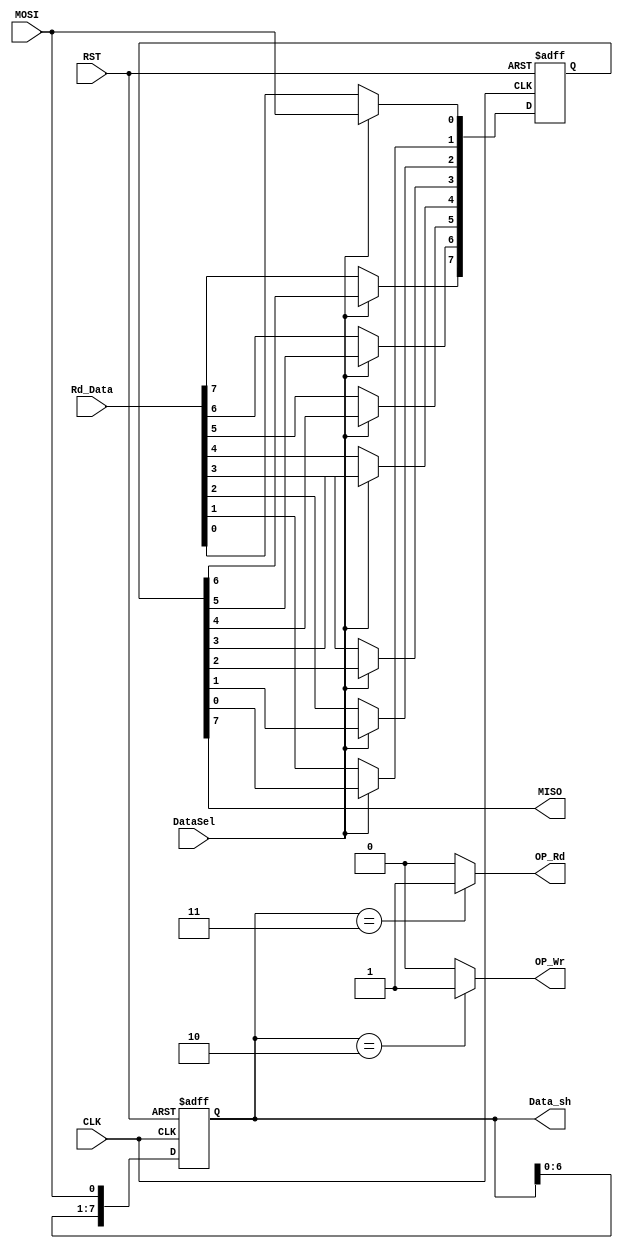

//////////////////////////////////////////////////////////////////////////////////
// Company: 
// 
// Design Name: 
// Module Name:    SPIslave_SHregister 
// Project Name: 
// Target Devices: 
// Tool versions: 
// Description: 
//
// Dependencies: 
//
// Revision: 
// Revision 0.01 - File Created
// Additional Comments: 
//
//////////////////////////////////////////////////////////////////////////////////
module SPIslave_SHregister #(
	// parametr to define the width of the address bus and the data bus
	parameter WIDTH = 8
	)(
	// input bus to the system from REG file as read data 
	input wire [WIDTH-1:0] Rd_Data,
	
	// input signal to the system from the master (master output salve input)
	input wire MOSI,
	
	// input internal control signal from FSM is used to select the source of the data will be written into the shift register  
	input wire DataSel,
	
	// input clock to the shift register
	input wire CLK,
	
	// input active low reset
	input wire RST,
	
	// output signal from the system to the master (master input slave output)
	output wire MISO,
	
	// output internal control signal indicates that the operation mode is write
	output wire OP_Wr,
	
	// output internal control signal indicates that the operation mode is read
	output wire OP_Rd,
	
	// ouput internal bus holds the value of the shift register
	output wire [WIDTH-1:0] Data_sh
	);
	
	// shift register is working with postive edge of clk signal
	reg [WIDTH-1:0] Data_in;
	
	// shift register is working wigh negative edge of clk signal 
	reg [WIDTH-1:0] Data_out;
	
	// integer to be used in the for loop
	integer i;
	
	// internal signal holds the inverted version of clock
	wire CLK_inv;
	
	// assign the clk_inv to the clock invert
	assign CLK_inv = ~CLK;
	
	// assign the MISO signal to the MSB of Data_out
	assign MISO = Data_out[WIDTH-1];
	
	// assign the Data_sh bus to the Data_in register
	assign Data_sh = Data_in;
	
	// assign the op_wr signal to 1 if the operation code is 0x2 and 0 otherwise 
	assign OP_Wr = (Data_in == 8'h02)? 1'b1 : 1'b0;
	
	// assign the op_wr signal to 1 if the operation code is 0x3 and 0 otherwise 
	assign OP_Rd = (Data_in == 8'h03)? 1'b1 : 1'b0;
	
	
	//////////////////////////////////////////////////////////////////////////
	// sequential always to reset the system and assign Data_in shift register
	//////////////////////////////////////////////////////////////////////////
	always @ (posedge CLK or posedge RST)	begin
		if(RST)	begin
			// reset the shift register
			Data_in <= {WIDTH {1'b0}};
		end
		else	begin
			// perform shift operation
			Data_in[0] <= MOSI;
			for(i=1; i<WIDTH;i = i+1)	begin
				Data_in[i] <= Data_in[i-1];
			end
		end
	end
  
	//////////////////////////////////////////////////////////////////////////
	// sequential always to reset the system and assign Data_out shift register
	//////////////////////////////////////////////////////////////////////////
	always @ (posedge CLK_inv or posedge RST)	begin
		if(RST)	begin
			// reset the shift registerData_out <= WIDTH {1'b0};
			Data_out <= {WIDTH {1'b0}};
		end
		else	begin
			if(DataSel)	begin
				// perform shift operation
				Data_out[0] <= MOSI;
				for(i=1; i<WIDTH;i = i+1)	begin
					Data_out[i] <= Data_out[i-1];
				end
			end
			else	begin
				// insert the value of read data from REG file to Data_out shift register
				Data_out <= Rd_Data;
			end
		end  
	end
  
  
endmodule